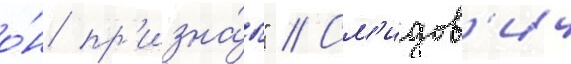
о́н пр'изна́л" // См'идов'ич